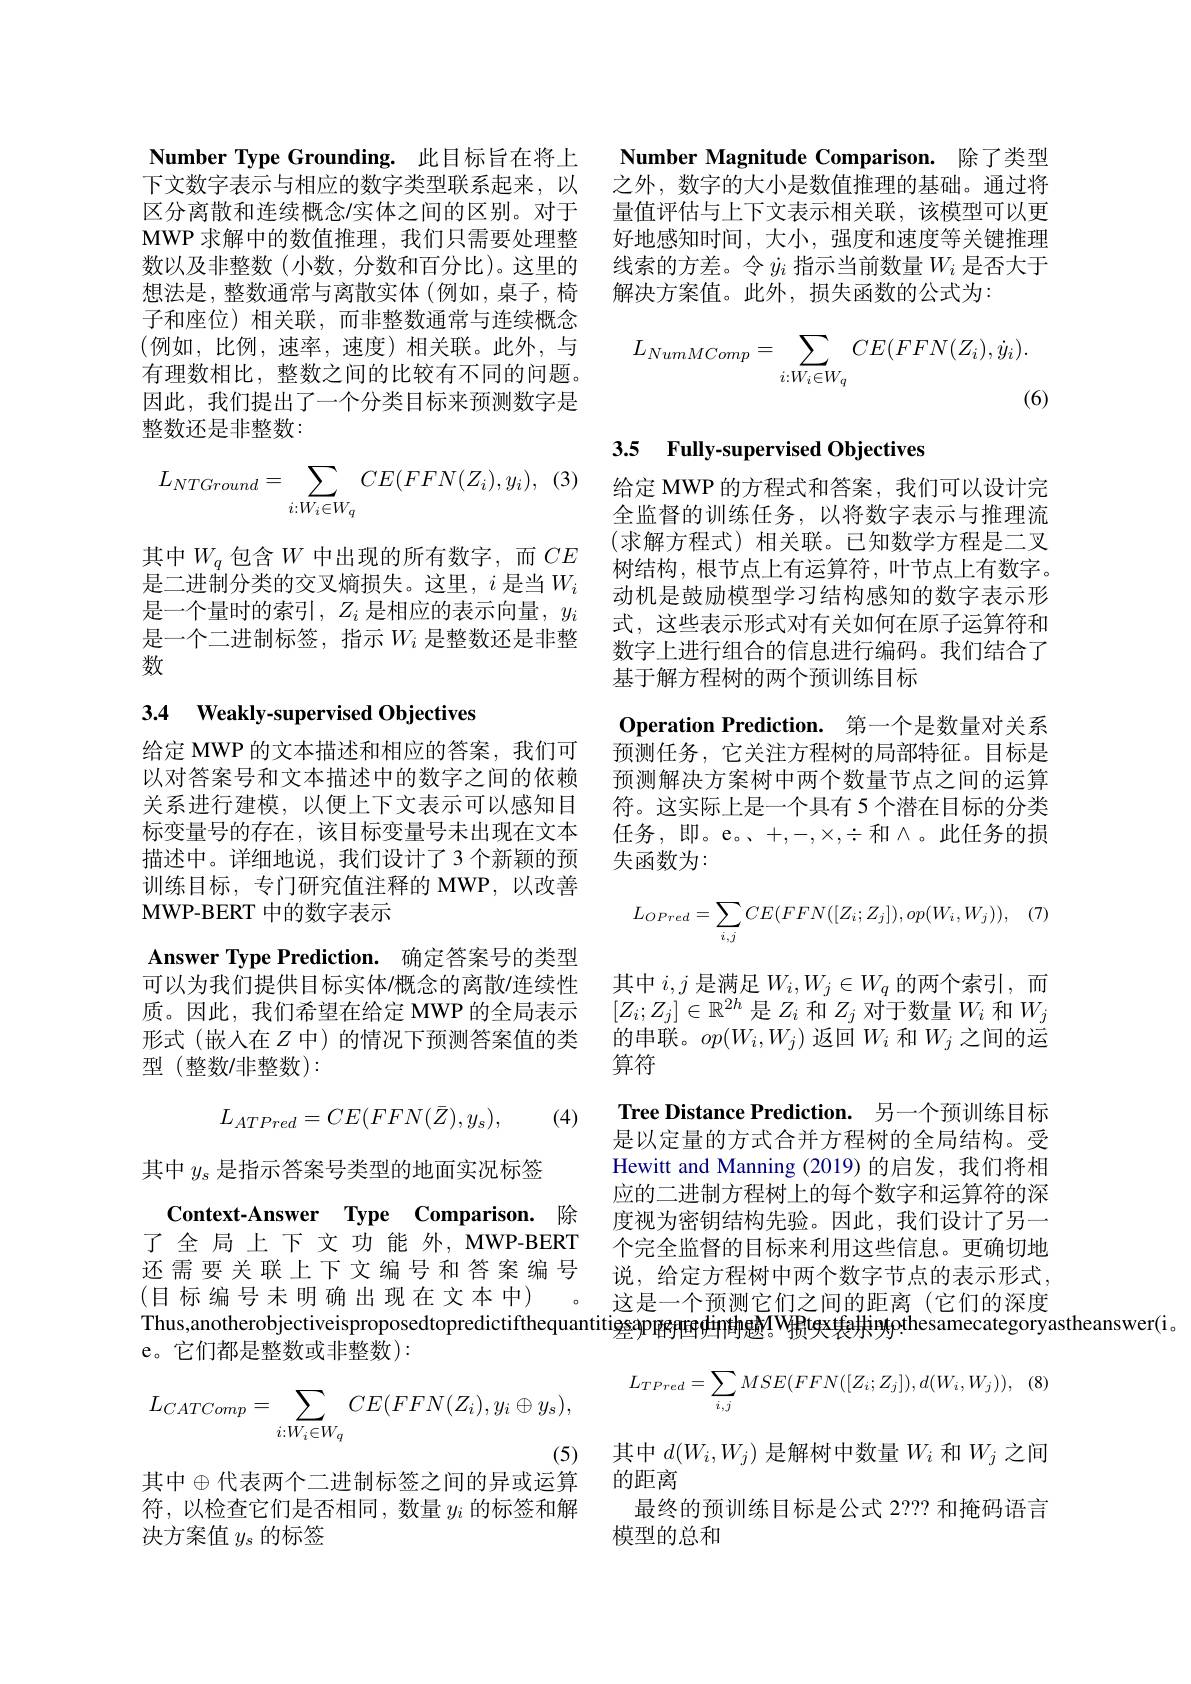
Number Type Grounding. 此目标旨在将上下文数字表示与相应的数字类型联系起来，以区分离散和连续概念$\prime$实体之间的区别。对于MWP 求解中的数值推理，我们只需要处理整数以及非整数(小数，分数和百分比)。这里的想法是，整数通常与离散实体(例如，桌子，椅子和座位)相关联，而非整数通常与连续概念(例如，比例，速率，速度)相关联。此外，与有理数相比，整数之间的比较有不同的问题。因此，我们提出了一个分类目标来预测数字是整数还是非整数：
$$L_{NTGround}=\sum_{i:W_i\in W_q}CE(FFN(Z_i),y_i),$$
其中$W_q$包含$W$中出现的所有数字，而$CE$ 是二进制分类的交叉熵损失。这里，$i$ 是当$W_i$ 是一个量时的索引，$Z_i$是相应的表示向量，$y_i$ 是一个二进制标签，指示$W_i$是整数还是非整数

## 3.4 Weakly-supervised Objectives

给定 MWP 的文本描述和相应的答案，我们可以对答案号和文本描述中的数字之间的依赖关系进行建模，以便上下文表示可以感知目标变量号的存在，该目标变量号未出现在文本描述中。详细地说，我们设计了 3 个新颖的预训练目标，专门研究值注释的 MWP,以改善MWP-BERT 中的数字表示
Answer Type Prediction. 确定答案号的类型可以为我们提供目标实体/概念的离散/连续性质。因此，我们希望在给定 MWP 的全局表示形式(嵌入在$Z$中) 的情况下预测答案值的类型 (整数/非整数):

(4)
$$L_{ATPred}=CE(FFN(\bar{Z}),y_{s}),$$
其中$y_\mathrm{s}$是指示答案号类型的地面实况标签
Context-Answer Type Comparison. 除了全局上下文功能外，MWP-BERT e。它们都是整数或非整数):

其中$\oplus$代表两个二进制标签之间的异或运算

符，以检查它们是否相同，数量$y_i$的标签和解
决方案值$y_s$的标签

Number Magnitude Comparison. 除了类型之外，数字的大小是数值推理的基础。通过将量值评估与上下文表示相关联，该模型可以更好地感知时间，大小，强度和速度等关键推理线索的方差。令$\dot{y}_i$指示当前数量$W_i$是否大于解决方案值。此外，损失函数的公式为：
$$L_{NumMComp}=\sum_{i:W_i\in W_q}CE(FFN(Z_i),\dot{y}_i).$$
(6)

# 3.5 Fully-supervised Objectives

给定 MWP 的方程式和答案，我们可以设计完全监督的训练任务，以将数字表示与推理流(求解方程式)相关联。已知数学方程是二叉树结构，根节点上有运算符，叶节点上有数字。动机是鼓励模型学习结构感知的数字表示形式，这些表示形式对有关如何在原子运算符和数字上进行组合的信息进行编码。我们结合了基于解方程树的两个预训练目标

$\textbf{Operation Prediction. 第 一 个 是 数 量 对 关 系 }$ 预测任务，它关注方程树的局部特征。目标是预测解决方案树中两个数量节点之间的运算符。这实际上是一个具有 5 个潜在目标的分类任务，即。e。、$+,-,\times,\div$和八。此任务的损失函数为：
$$L_{OPred}=\sum_{i,j}CE(FFN([Z_{i};Z_{j}]),op(W_{i},W_{j})),\quad(7)$$
其中$i,j$是满足$W_i,W_j\in W_q$的两个索引，而$[Z_i;Z_j]\in\mathbb{R}^{2h}$是$Z_i$和$Z_j$对于数量$W_i$和$W_j$ 的串联。$op(W_i,W_j)$返回$W_i$和$W_j$之间的运算符
Tree Distance Prediction. 另一个预训练目标是以定量的方式合并方程树的全局结构。受Hewitt and Manning (2019)的启发，我们将相应的二进制方程树上的每个数字和运算符的深度视为密钥结构先验。因此，我们设计了另一个完全监督的目标来利用这些信息。更确切地
还需要关联上下文编号和答案编号 说，给定方程树中两个数字节点的表示形式， (目 标编号未明确出现在文本中) 。这是一个预测它们之间的距离 (它们的深度Thus,anotherobjectiveisproposedtopredictifthequantitiesappergedictifthequantitiesappergdintgMW拥texfatintyoṭhesamecategoryastheanswer(i。
$$L_{CATComp}=\sum_{i:W_{i}\in W_{q}}CE(FFN(Z_{i}),y_{i}\oplus y_{s}),L_{TPred}=\sum_{i,j}MSE(FFN([Z_{i};Z_{j}]),d(W_{i},W_{j}))\\L_{CATComp}=\sum_{i:W_{i}\in W_{q}}CE(FFN(Z_{i}),y_{i}\oplus y_{s}),$$
的距离
最终的预训练目标是公式 2??? 和掩码语言
模型的总和